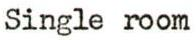
Single room